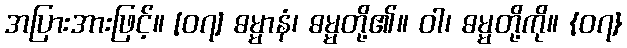
အပြားအားဖြင့်။ [၀၇] ဓမ္မာနံ၊ ဓမ္မတို့၏။ ဝါ၊ ဓမ္မတို့ကို။ {၀၇}